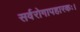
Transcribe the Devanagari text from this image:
सर्वरोगापहारकः।